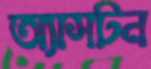
অ্যাসটন